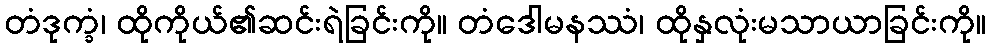
တံဒုက္ခံ၊ ထိုကိုယ်၏ဆင်းရဲခြင်းကို။ တံဒေါမနဿံ၊ ထိုနှလုံးမသာယာခြင်းကို။